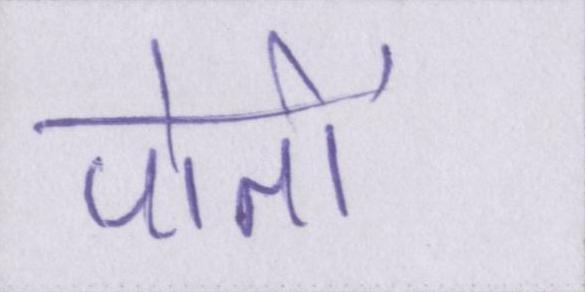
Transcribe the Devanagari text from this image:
पोतों